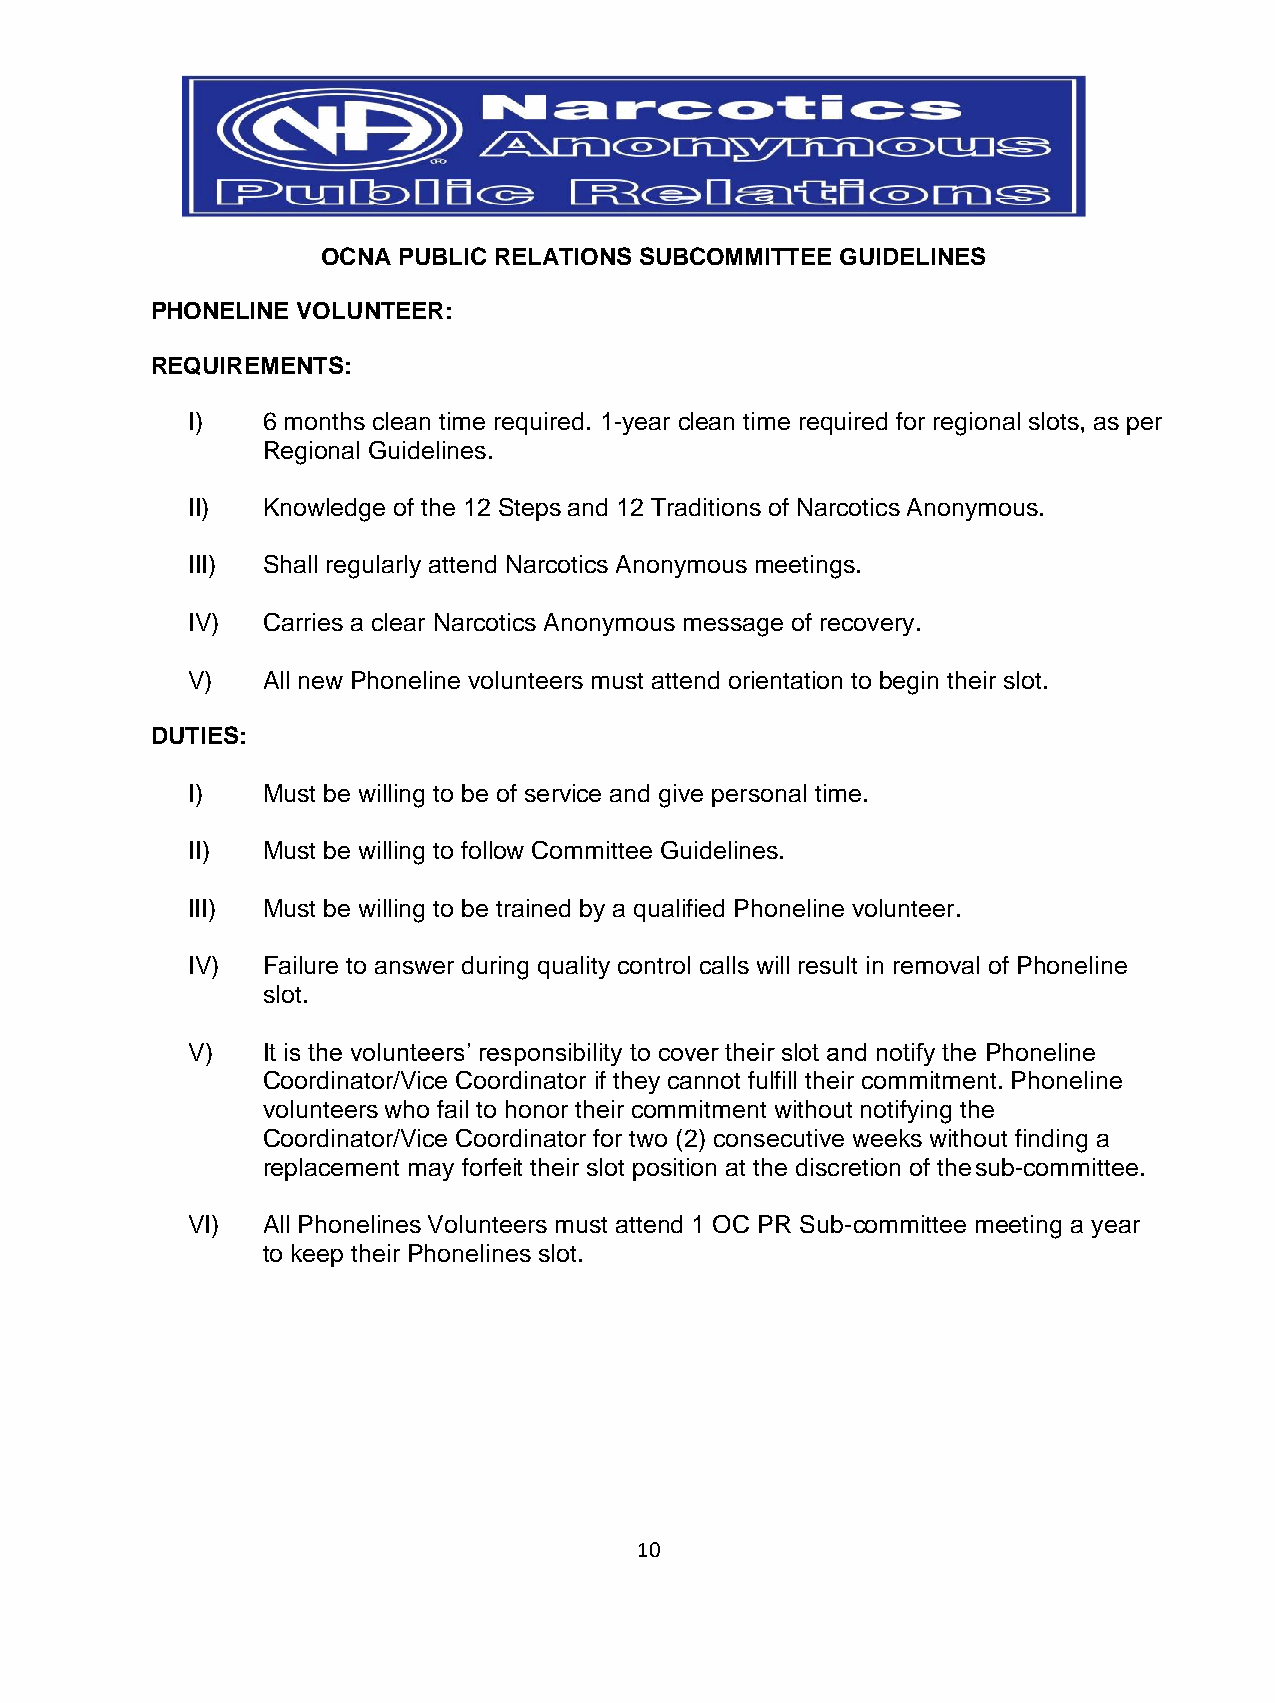
OCNA PUBLIC RELATIONS SUBCOMMITTEE GUIDELINES
 PHONELINE VOLUNTEER:
 REQUIREMENTS:
 I)   6 months clean time required. 1-year clean time required for regional slots, as per
 Regional Guidelines.
 II)  Knowledge of the 12 Steps and 12 Traditions of Narcotics Anonymous.
 III) Shall regularly attend Narcotics Anonymous meetings.
 IV)  Carries a clear Narcotics Anonymous message of recovery.
 V)   All new Phoneline volunteers must attend orientation to begin their slot.
 DUTIES:
 I)   Must be willing to be of service and give personal time.
 II)  Must be willing to follow Committee Guidelines.
 III) Must be willing to be trained by a qualified Phoneline volunteer.
 IV)  Failure to answer during quality control calls will result in removal of Phoneline
 slot.
 V)   It is the volunteers’ responsibility to cover their slot and notify the Phoneline
 Coordinator/Vice Coordinator if they cannot fulfill their commitment. Phoneline
 volunteers who fail to honor their commitment without notifying the
 Coordinator/Vice Coordinator for two (2) consecutive weeks without finding a
 replacement may forfeit their slot position at the discretion of the sub-committee.
 VI)  All Phonelines Volunteers must attend 1 OC PR Sub-committee meeting a year
 to keep their Phonelines slot.
 10